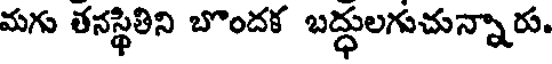
మగు తనస్థితిని బొందక బద్ధులగుచున్నారు.